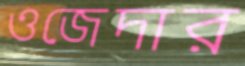
ওজেদার